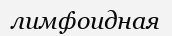
лимфоидная